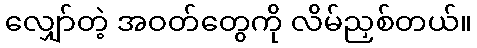
လျှော်တဲ့ အဝတ်တွေကို လိမ်ညှစ်တယ်။